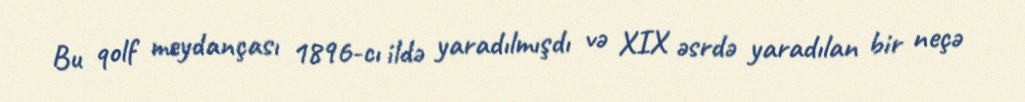
Bu qolf meydançası 1896-cı ildə yaradılmışdı və XIX əsrdə yaradılan bir neçə